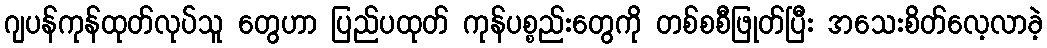
ဂျပန်ကုန်ထုတ်လုပ်သူ တွေဟာ ပြည်ပထုတ် ကုန်ပစ္စည်းတွေကို တစ်စစီဖြုတ်ပြီး အသေးစိတ်လေ့လာခဲ့